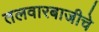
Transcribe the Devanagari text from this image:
तलवारबाजीचे